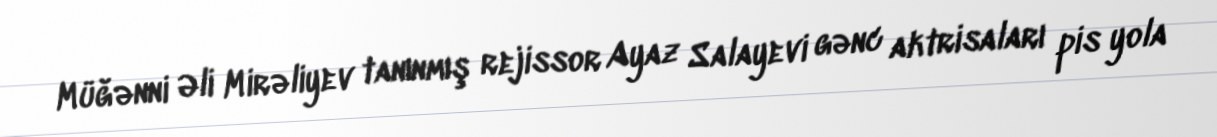
Müğənni Əli Mirəliyev tanınmış rejissor Ayaz Salayevi gənc aktrisaları pis yola